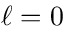
\ell = 0